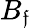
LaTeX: B_{\mathfrak{f}}